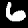
Label: 6